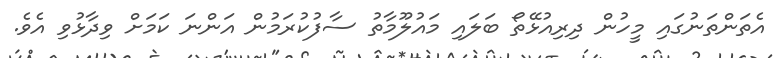
އެތަންތަނުގައި މީހުން ދިރިއުޅޭތޯ ބަލައި މައުލޫމާތު ސާފުކުރަމުން އަންނަ ކަމަށް ވިދާޅުވި އެވެ.